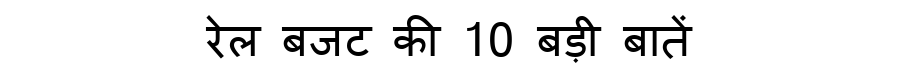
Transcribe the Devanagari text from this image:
रेल बजट की 10 बड़ी बातें